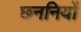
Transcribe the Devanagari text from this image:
छननियों